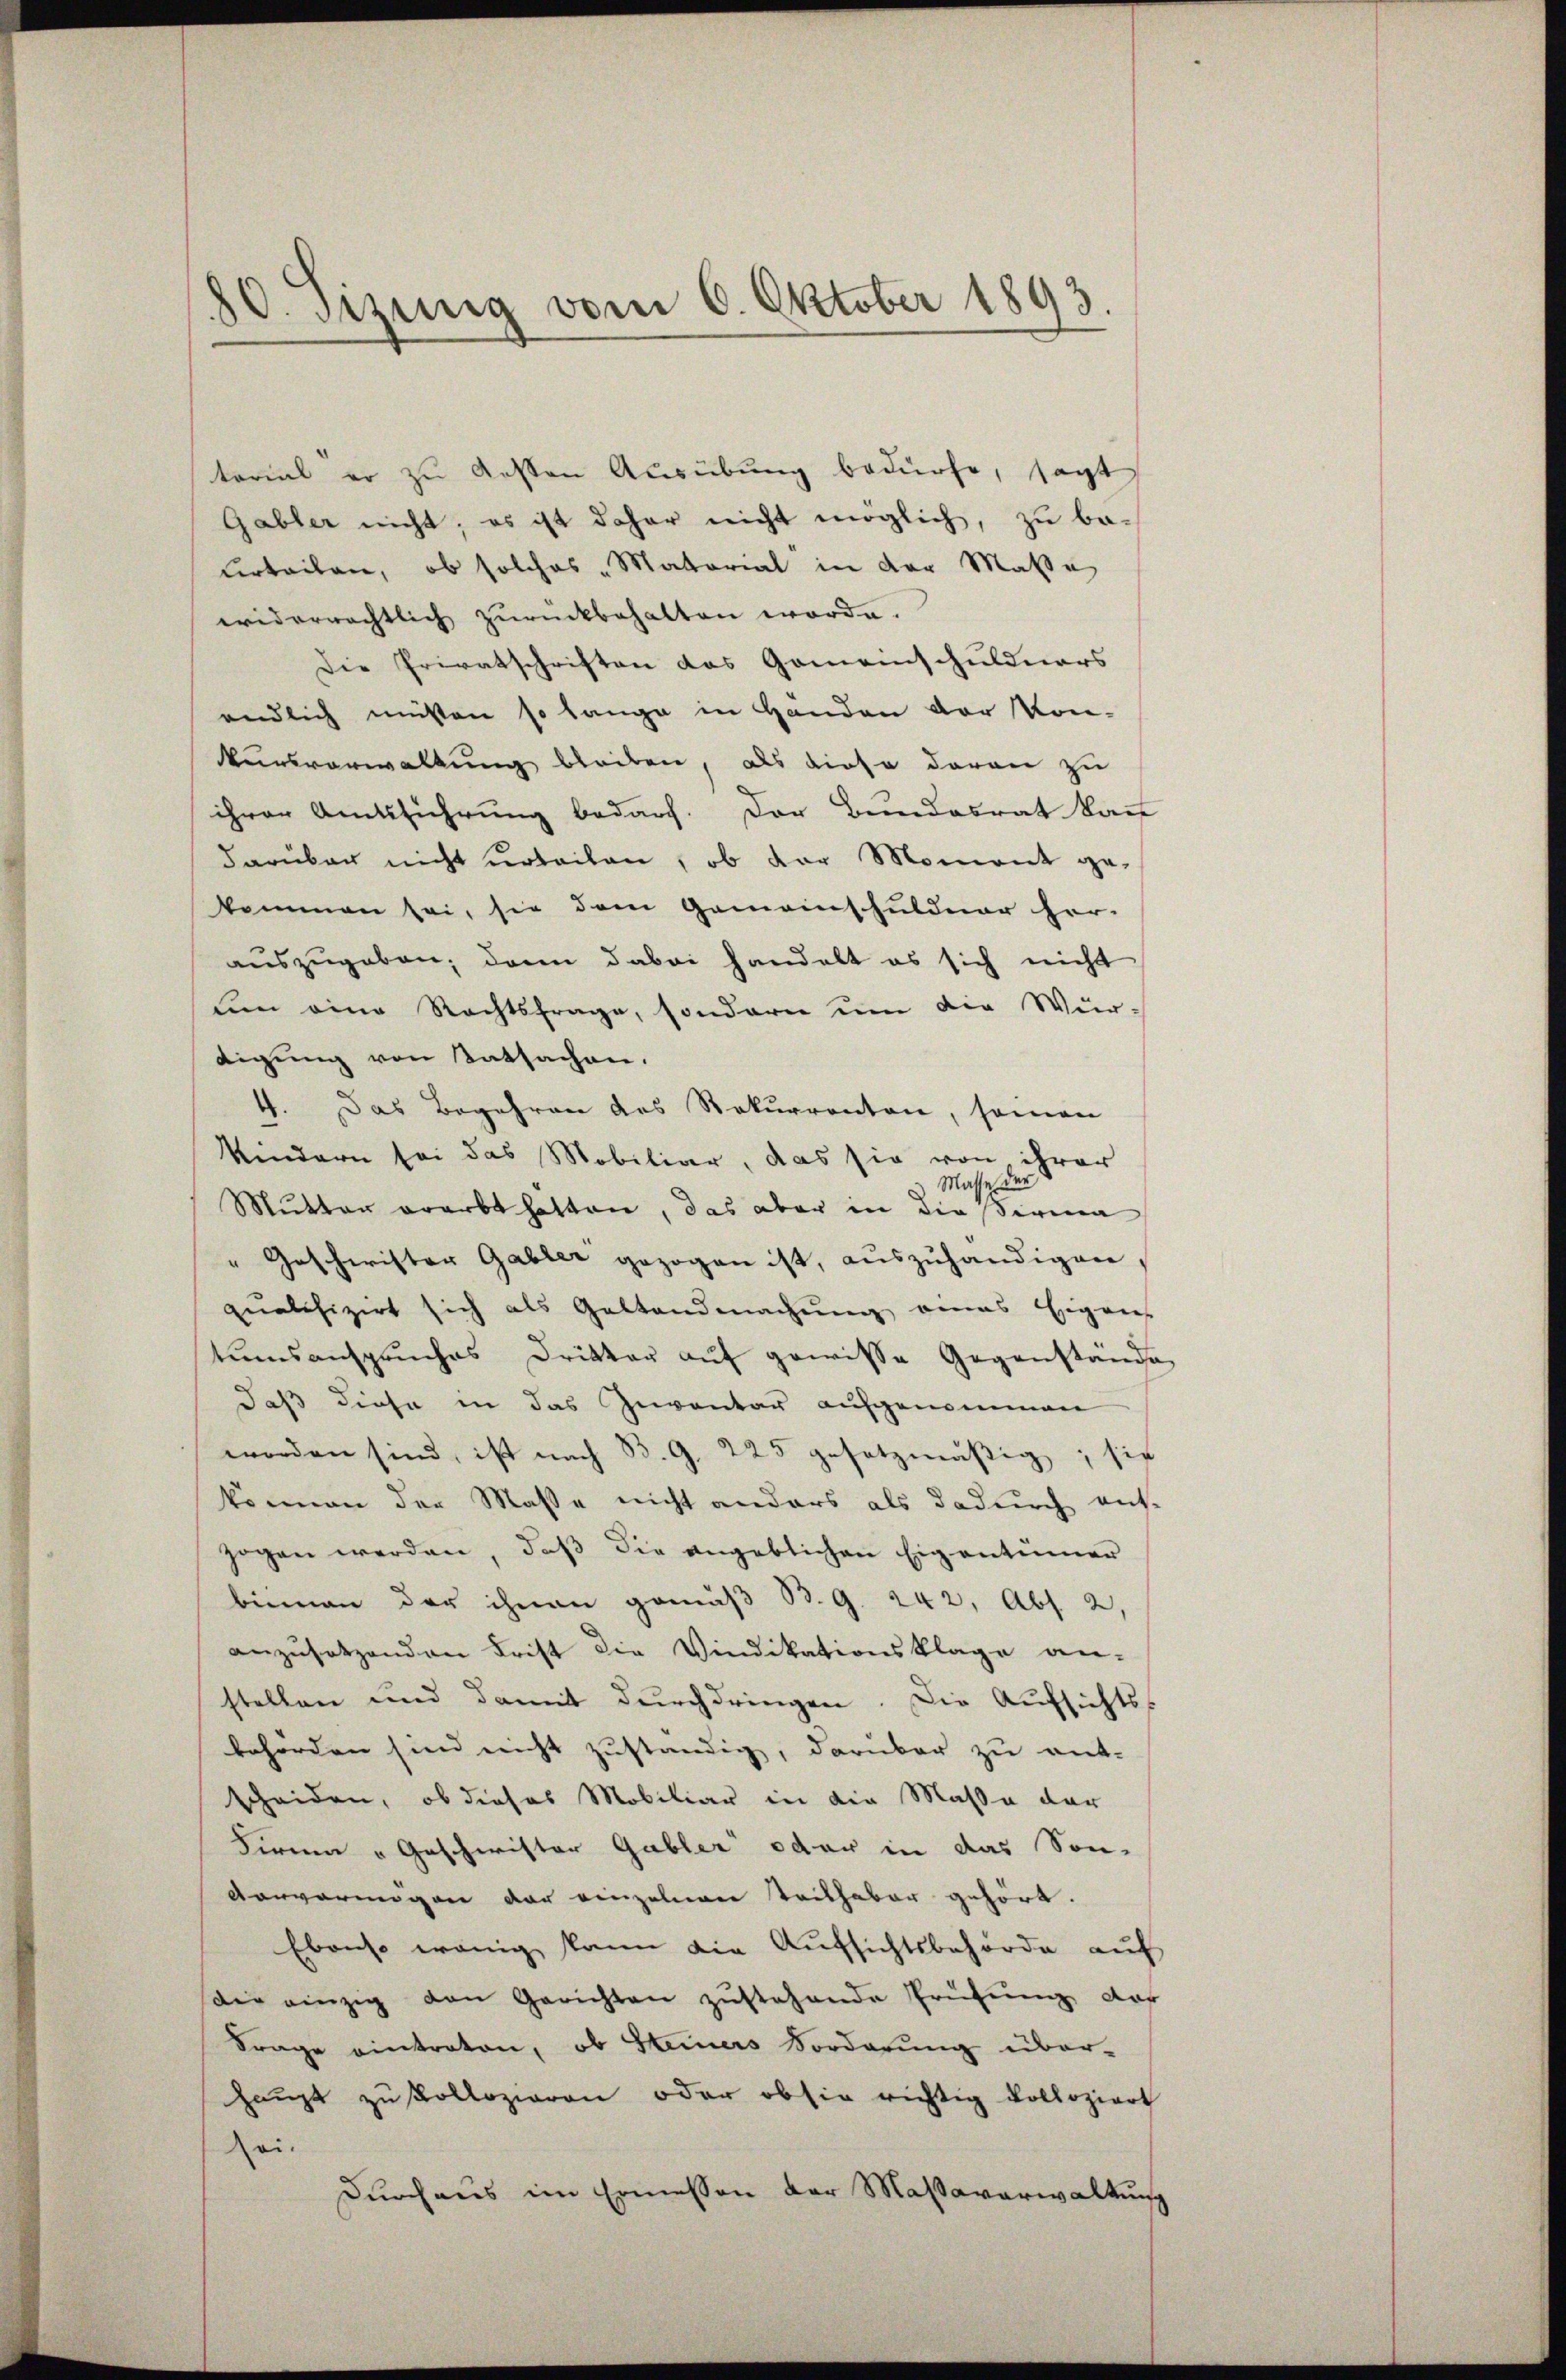
80. Setzung vom 6. Oktober 1893.

terial er zŭ gesten Ausübung bedürfe, sagt
Gabler nicht; es ist daher nicht möglich, zu be-
urteilen, ob solches "Matarial in der Maße
widerrechtlich zurückbehalten worde.
Die Privatschriften das Gemeinschuldners
endlich müssen so lange in Handen der Kon-
kursverwaltung bleiben, als diese daran zu
ihrer Amtsführung bedarf. Der Bundesrat kauf
darüber nicht urteilen, ob der Moment ge-
kommen sei, sie dem Gemeinschuldner her-
auszugeben; dann dabei handelt es sich nicht
um eine Rechtsfrage, sondern um die Wür-
tigung von Tatsachen.
4. Das Begehren des Rekurrenten, seinen
Kindern sei das Mobiliar, das sie von ihrer
Masse der
Mŭtter verarbt hätten, das aber in die serma
"Geschwister Gabler gezogen ist, auszuhändigen,
qualifizirt sich als Gestandmachung eines Eigens
tumsanspruches Dritter aŭf gewisse Gegenstände
daß diese in das Inventar aufgenommen
worden sind, ist nach B. G. 225 gesetzmäβig; sie
können der Masse nicht anders als dadurch auf-
zogen werden, daß die angeblichen Eigentümer
biinen der ihnen gemäß B. G. 242, Abs. 2,
anzusetzenden Frist die Vindikationsklage an-
stellen und damit durchdringen. Die Aufsichts-
behörden sind nicht zuständig, darüber zu ent-
scheiden, ob dieses Mobiliar in die Maße der
Firnen „Geschwister Gabler oder in das Son-
vorvermögen vor einzelnen Teilhaber gehört.
Ebenso wenig kann die Aufsichtsbehörde auf
Die einzig den Gerichten zŭstehende Prüfŭng auf
Frage eintraten, ob Steiners Vorderung überhaupt zu Kollozieren oder ob sie richtig kolloziert
Zei.
durchaus im Ermessen der Massaverwaltung